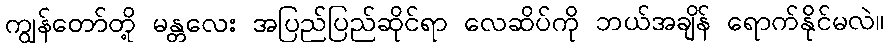
ကျွန်တော်တို့ မန္တလေး အပြည်ပြည်ဆိုင်ရာ လေဆိပ်ကို ဘယ်အချိန် ရောက်နိုင်မလဲ။